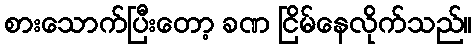
စားသောက်ပြီးတော့ ခဏ ငြိမ်နေလိုက်သည်။